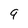
Character: 9